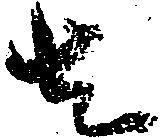
者